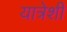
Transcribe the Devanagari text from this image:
यात्रेशी